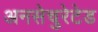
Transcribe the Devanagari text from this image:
अनसेचुरेटेड